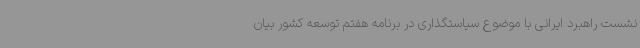
نشست راهبرد ایرانی با موضوع سیاستگذاری در برنامه هفتم توسعه کشور بیان